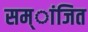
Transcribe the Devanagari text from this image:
सम्ांजित